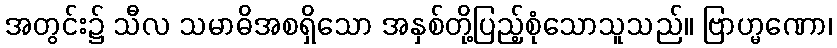
အတွင်း၌ သီလ သမာဓိအစရှိသော အနှစ်တို့ပြည့်စုံသောသူသည်။ ဗြာဟ္မဏော၊